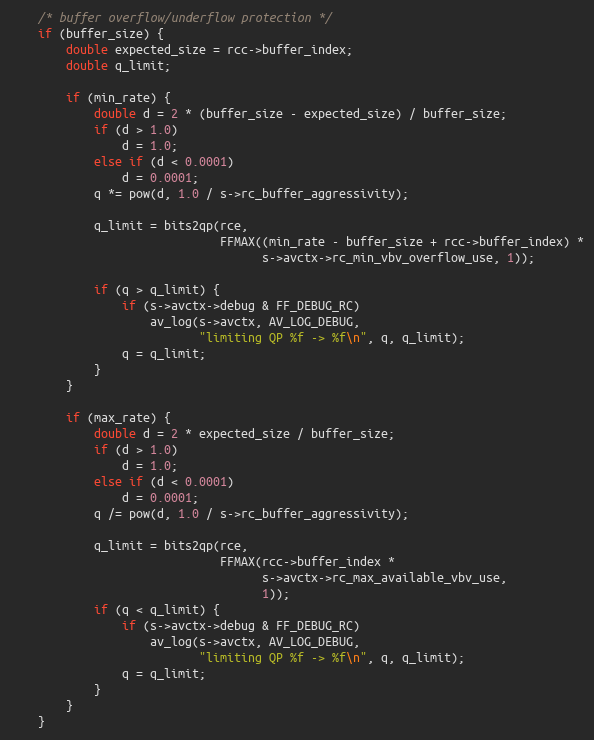
Language: C
    /* buffer overflow/underflow protection */
    if (buffer_size) {
        double expected_size = rcc->buffer_index;
        double q_limit;

        if (min_rate) {
            double d = 2 * (buffer_size - expected_size) / buffer_size;
            if (d > 1.0)
                d = 1.0;
            else if (d < 0.0001)
                d = 0.0001;
            q *= pow(d, 1.0 / s->rc_buffer_aggressivity);

            q_limit = bits2qp(rce,
                              FFMAX((min_rate - buffer_size + rcc->buffer_index) *
                                    s->avctx->rc_min_vbv_overflow_use, 1));

            if (q > q_limit) {
                if (s->avctx->debug & FF_DEBUG_RC)
                    av_log(s->avctx, AV_LOG_DEBUG,
                           "limiting QP %f -> %f\n", q, q_limit);
                q = q_limit;
            }
        }

        if (max_rate) {
            double d = 2 * expected_size / buffer_size;
            if (d > 1.0)
                d = 1.0;
            else if (d < 0.0001)
                d = 0.0001;
            q /= pow(d, 1.0 / s->rc_buffer_aggressivity);

            q_limit = bits2qp(rce,
                              FFMAX(rcc->buffer_index *
                                    s->avctx->rc_max_available_vbv_use,
                                    1));
            if (q < q_limit) {
                if (s->avctx->debug & FF_DEBUG_RC)
                    av_log(s->avctx, AV_LOG_DEBUG,
                           "limiting QP %f -> %f\n", q, q_limit);
                q = q_limit;
            }
        }
    }